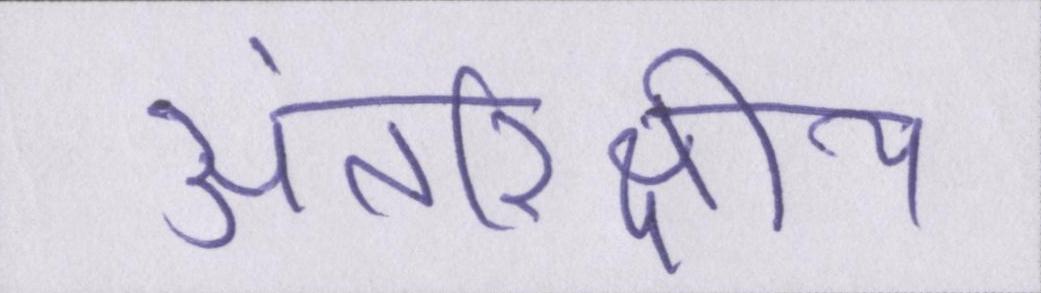
अंतरिक्षीय